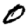
Digit: 0